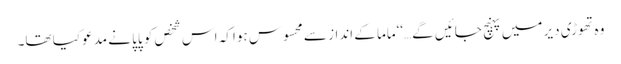
وہ تھوڑی دیر میں پہنچ جائیں گے…‘‘ماما کے انداز سے محسوس ہوا کہ اس شخص کو پاپا نے مدعو کیا تھا۔